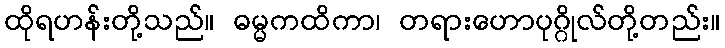
ထိုရဟန်းတို့သည်။ ဓမ္မကထိကာ၊ တရားဟောပုဂ္ဂိုလ်တို့တည်း။